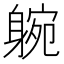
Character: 𨉝